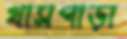
খাসপাড়া